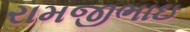
રામજીભાઇ